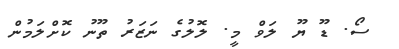
ސޯ. ޑޫ ޔޫ ލަވް މީ. ލޮލުގެ ނަޒަރު ތޫނު ކޮށްލަމުން